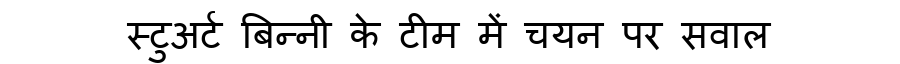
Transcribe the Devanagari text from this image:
स्टुअर्ट बिन्नी के टीम में चयन पर सवाल